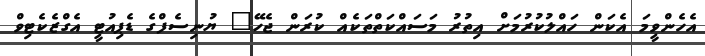
އެހެންވީމަ އެކަން ހައްލުކުރުމަށް އިތުރު މަސައްކަތްތަކެއް ކުރަން ޖެހޭ" ޔުނިސެފްގެ ޑެޕިއުޓީ އެގްޒެކެޓިވް